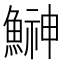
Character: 鰰